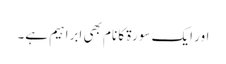
اور ایک سورۃ کا نام بھی ابراہیم ہے۔